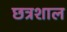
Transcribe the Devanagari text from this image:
छत्रशाल